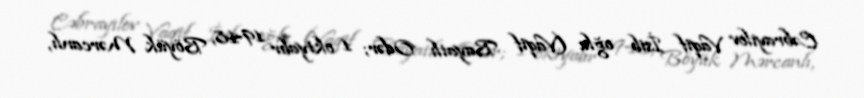
Cəbrayılov Vaqif İsib oğlu (Vaqif Bayatlı Odər; 1 oktyabr 1948, Böyük Mərcanlı,